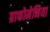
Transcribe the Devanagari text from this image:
ग्राफोमेनिया